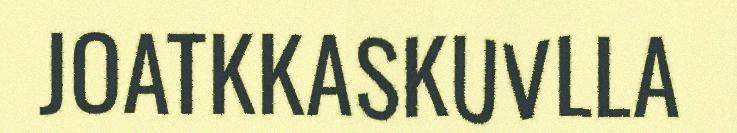
JOATKKASKUVLLA